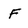
Character: f